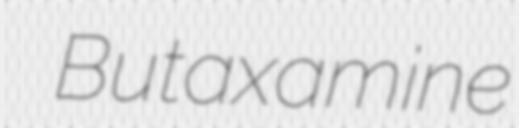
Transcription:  Butaxamine